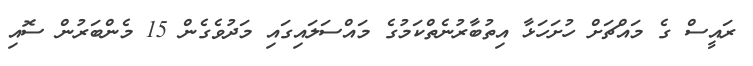
ރައީސް ގެ މައްޗަށް ހުށަހަޅާ އިތުބާރުނެތްކަމުގެ މައްސަލައިގައި މަދުވެގެން 15 މެންބަރުން ސޮއި